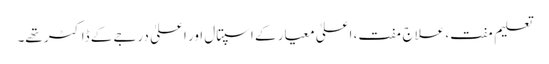
تعلیم مفت، علاج مفت، اعلیٰ معیار کے اسپتال اور اعلیٰ درجے کے ڈاکٹر تھے۔